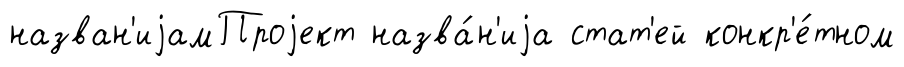
назван'иjамПроjект назва́н'иjа стат'ей конкр'е́тном